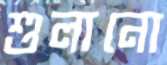
শুলানো